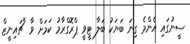
ސީނުގައި އެންމެ ގިނަ ބަޔަކު ބަލާ ޓީވީ ޕްރޮގްރާމު ކަމަށް ވާ "ޗައިނީޒް